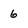
Character: 6